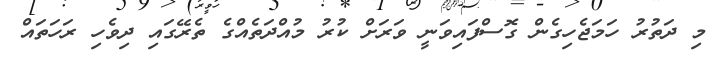
މި ދަތުރު ހަމަޖެހިގެން ގޮސްފައިވަނީ ވަރަށް ކުރު މުއްދަތެއްގެ ތެރޭގައި ދިވެހި ރަހަތައް